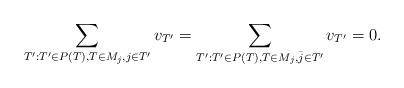
LaTeX: \begin{align*}\sum_{T': T'\in P(T), T \in M_j, j\in T'} v_{T'}=\sum_{T': T'\in P(T), T \in M_j, \bar{j}\in T'} v_{T'}=0. \end{align*}